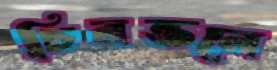
চিরন্তনে